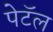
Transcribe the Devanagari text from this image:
पेटॅल